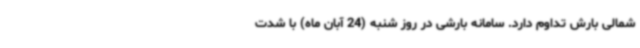
شمالی بارش تداوم دارد. سامانه بارشی در روز شنبه (24 آبان ماه) با شدت